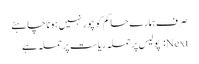
صرف ہمارے حاکم کو چور نہیں ہونا چاہئے
Next: پولیس پر حملہ ریاست پر حملہ ہے